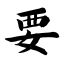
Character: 要